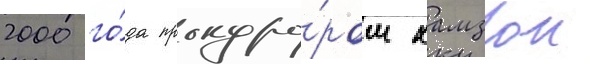
2000 го́да прокуро́ром хамзои